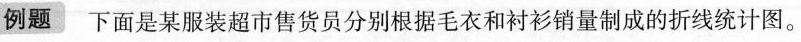
例题下面是某服装超市售货员分别根据毛衣和衬衫销量制成的折线统计图。